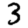
Digit: 3